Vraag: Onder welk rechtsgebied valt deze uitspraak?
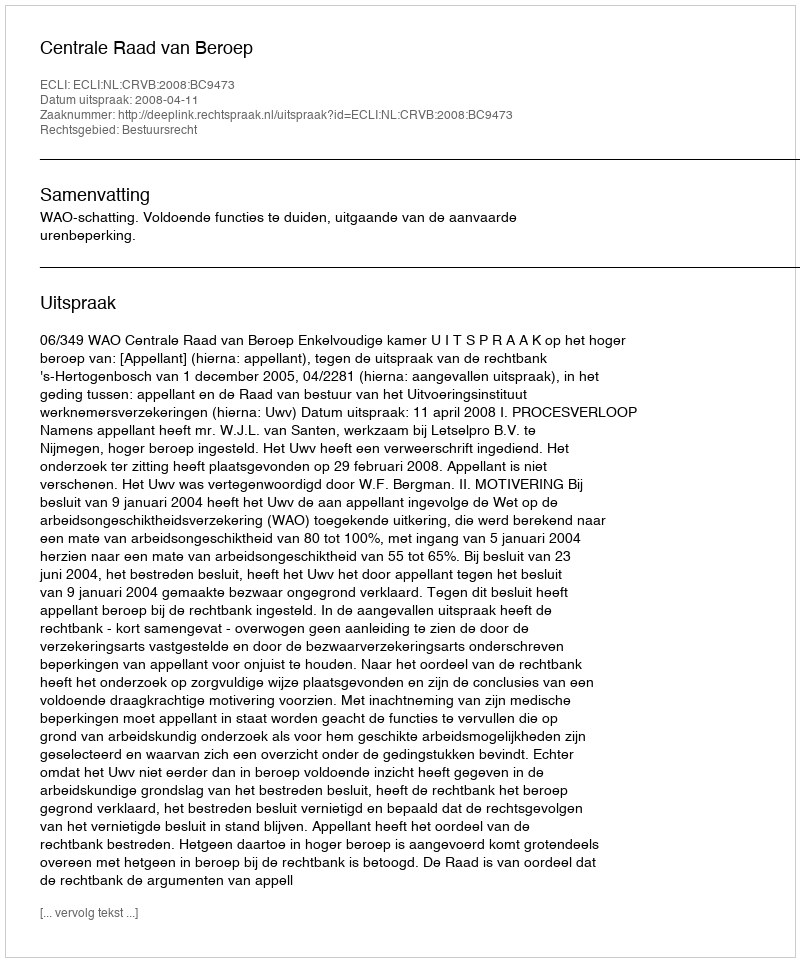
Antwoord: Bestuursrecht